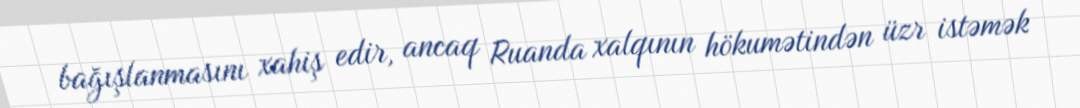
bağışlanmasını xahiş edir, ancaq Ruanda xalqının hökumətindən üzr istəmək